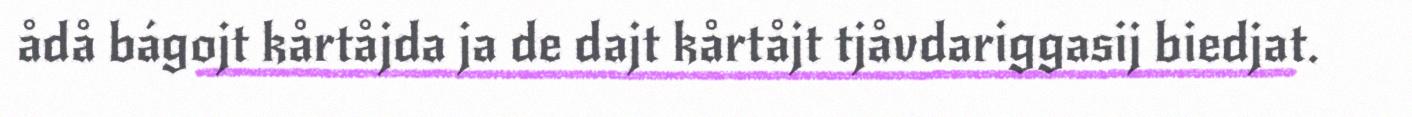
ådå bágojt kårtåjda ja de dajt kårtåjt tjåvdariggasij biedjat.